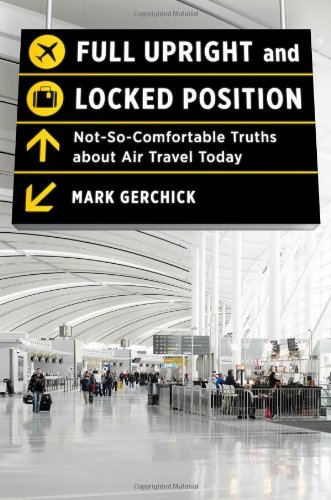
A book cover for Full Upright and Locked Position: Not-So-Comfortable Truths about Air Travel Today; Mark Gerchick; Travel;